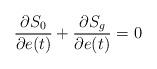
LaTeX: \begin{align*}\frac{\partial S_{0}}{\partial e(t)} + \frac{\partial S_{g}}{\partial e(t)}= 0\end{align*}